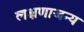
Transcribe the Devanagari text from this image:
लक्षणाजन्य